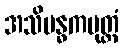
အသိဗန္ဓကပုတ္တံ